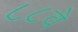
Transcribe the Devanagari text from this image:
८८वे